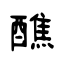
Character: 醮